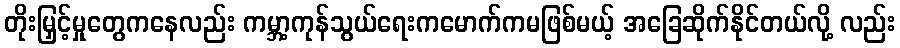
တိုးမြှင့်မှုတွေကနေလည်း ကမ္ဘာ့ကုန်သွယ်ရေးကမောက်ကမဖြစ်မယ့် အခြေဆိုက်နိုင်တယ်လို့ လည်း